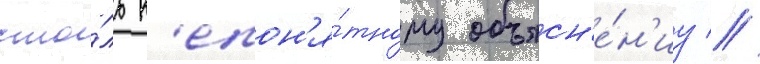
сто́ль н'епон'я́тному объясн'е́н'иу //